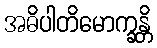
အဓိပါတိမောက္ခန္တိ